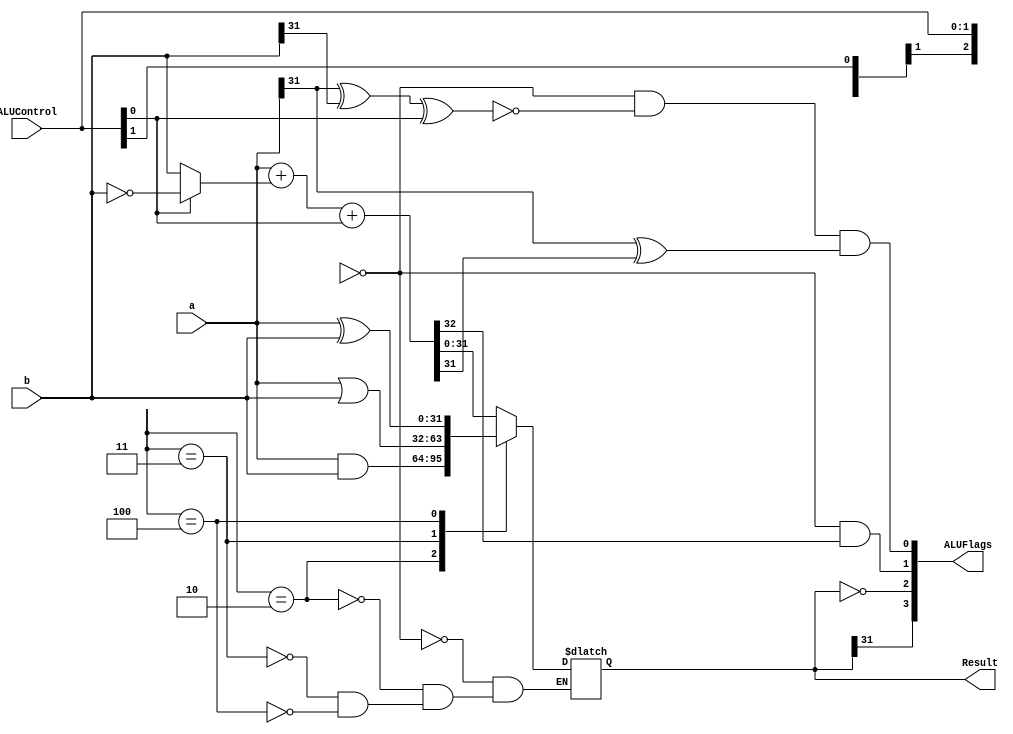
module alu ( input [31:0] a,b,
              input [1:0] ALUControl,
             output reg [31:0] Result, //assign always block
             output wire [3:0] ALUFlags); //explicit wire for assign with {}
  
  wire negative, zero, carry, overflow; // define wire for each flag (n,z,c,v)
  wire [31:0] condinvb;
  wire [32:0] sum;
  
  assign condinvb = ALUControl[0] ? ~b : b;
  assign sum = a + condinvb + ALUControl[0];
  /*
  ALUControl Logic
  000: sum
  001: sub
  010: and
  011: or
  100: xor/eor
  */
  always @(*)
  begin
    
    casex (ALUControl[2:0]) //case, casex, casez
      3'b00?: Result = sum;
      3'b010: Result = a & b;
      3'b011: Result = a | b;
      3'b100: Result = a ^ b;
    endcase
  
  end
 //flags: result -> negative, zero
  assign negative = Result[31];
  assign zero = (Result == 32'b0);
  //flags: additional logic -> v, c
  assign carry = (ALUControl[2:1]==2'b00) & sum[32];
  assign overflow = (ALUControl[2:1]==2'b00) & ~(a[31] ^ b[31] ^ ALUControl[0]) & (a[31] ^ sum[31]);

  assign ALUFlags = {negative, zero, carry, overflow};

endmodule